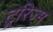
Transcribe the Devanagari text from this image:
ट्ररिज्म